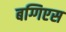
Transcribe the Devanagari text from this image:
बग्गिएस